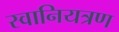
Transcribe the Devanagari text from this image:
स्वानियत्रण